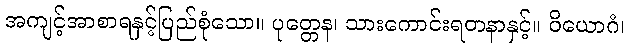
အကျင့်အာစာရနှင့်ပြည်စုံသော။ ပုတ္တေန၊ သားကောင်းရတနာနှင့်။ ဝိယောဂံ၊